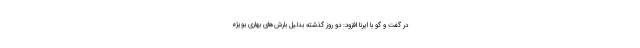
در گفت و گو با ایرنا افزود: دو روز گذشته بدلیل بارش‌های بهاری بویژه